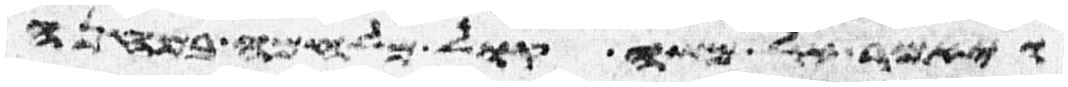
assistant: ויאמר אל משה קול מלחמה במחנה